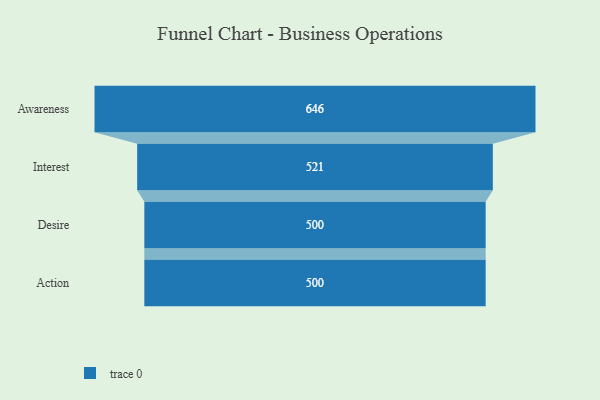
{"axis": {"x": "Stage", "y": "Value"}, "legend": [""], "data": [{"x": "Awareness", "y": 646.0, "type": ""}, {"x": "Interest", "y": 521.0, "type": ""}, {"x": "Desire", "y": 500, "type": ""}, {"x": "Action", "y": 500, "type": ""}]}